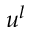
u ^ { l }